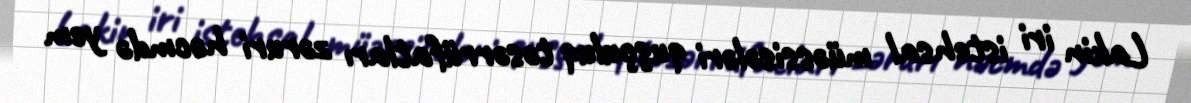
Lakin iri istehsal müəssisələri quşçuluq təsərrüfatları zəruri həcmdə yem